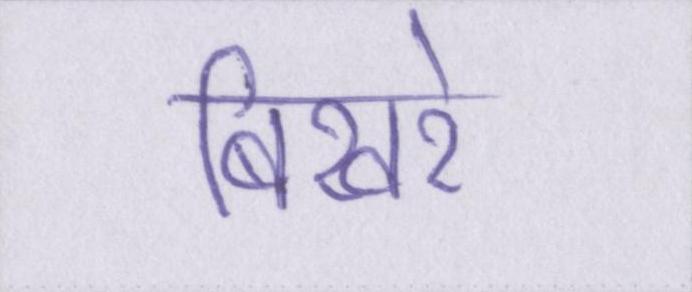
बिखरे